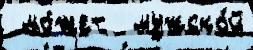
 мо́жет  мужско́й